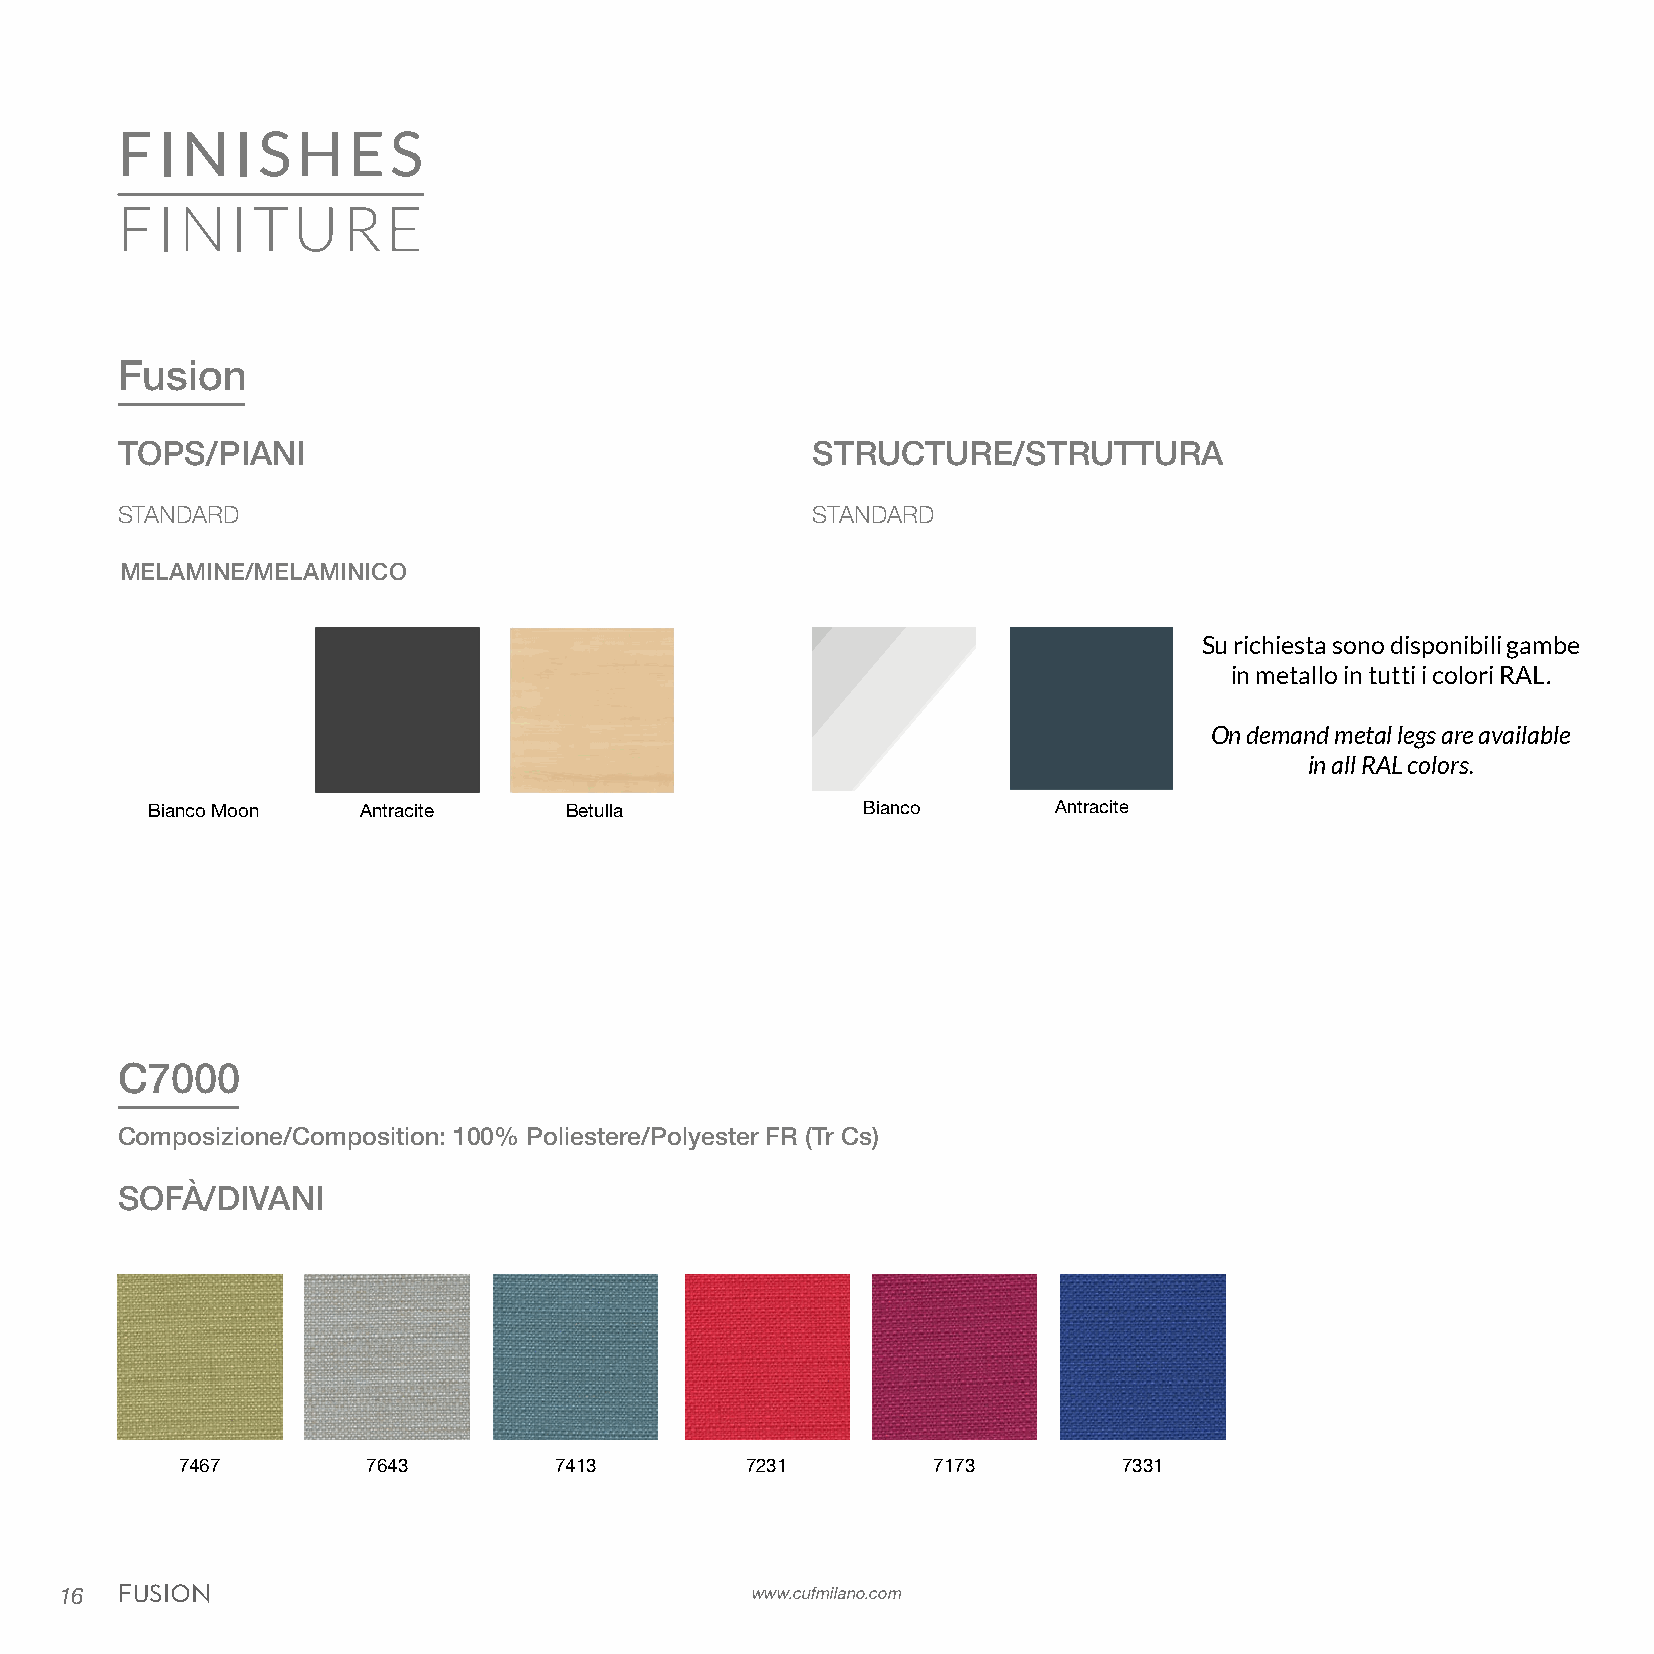
FINISHES
 FINITURE
 Fusion
 TOPS/PIANI                                    STRUCTURE/STRUTTURA
 STANDARD                                      STANDARD
 MELAMINE/MELAMINICO
 Su richiesta sono disponibili gambe
 in metallo in tutti i colori RAL.
 On demand metal legs are available
 in all RAL colors.
 Bianco Moon   Antracite    Betulla             Bianco       Antracite
 C7000
 Composizione/Composition: 100% Poliestere/Polyester FR (Tr Cs)
 SOFÀ/DIVANI
 7467        7643         7413        7231         7173        7331
 16  FUSION                                    www.cufmilano.com